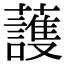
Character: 䕶